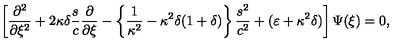
\left[ \frac { \partial ^ { 2 } } { \partial \xi ^ { 2 } } + 2 \kappa \delta \frac { s } { c } \frac { \partial } { \partial \xi } - \left\{ \frac { 1 } { \kappa ^ { 2 } } - \kappa ^ { 2 } \delta ( 1 + \delta ) \right\} \frac { s ^ { 2 } } { c ^ { 2 } } + ( \varepsilon + \kappa ^ { 2 } \delta ) \right] \Psi ( \xi ) = 0 ,